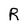
Character: R